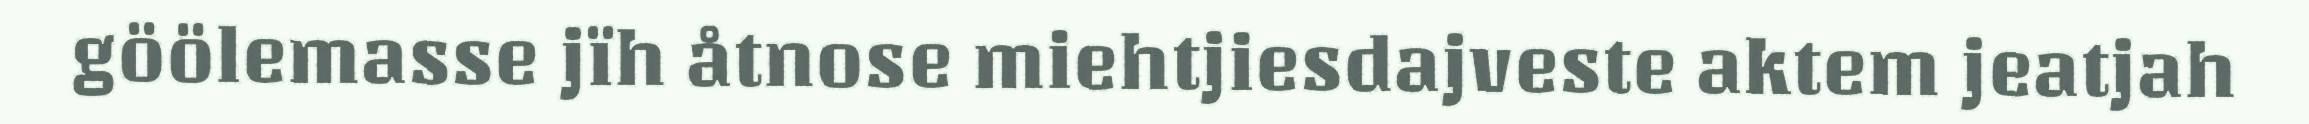
göölemasse jïh åtnose miehtjiesdajveste aktem jeatjah